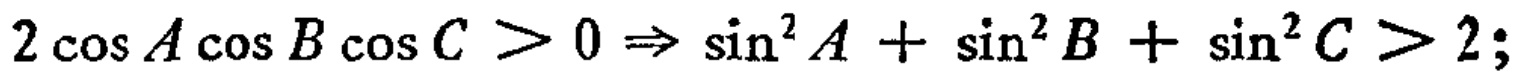
\(2\cos A\cos B\cos C > 0\Rightarrow \sin^{2}A + \sin^{2}B + \sin^{2}C > 2;\)